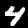
Label: 4